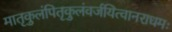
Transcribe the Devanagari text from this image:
मातृकुलंपितृकुलंवर्जयित्वानराधमः